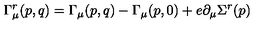
\Gamma _ { \mu } ^ { r } ( p , q ) = \Gamma _ { \mu } ( p , q ) - \Gamma _ { \mu } ( p , 0 ) + e \partial _ { \mu } \Sigma ^ { r } ( p )